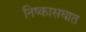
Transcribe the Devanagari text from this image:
निष्कासघात